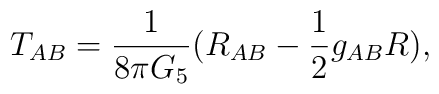
T_{AB}=\frac{1}{8\pi G_5}(R_{AB}-\frac{1}{2}g_{AB}R),